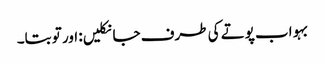
بہو اب پوتے کی طرف جا نکلیں: اور تو بتا۔